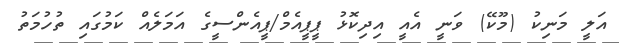
އަލީ މަނިކު (މޫކޭ) ވަނީ އެއީ އިދިކޮޅު ޕީޕީއެމް/ޕީއެންސީގެ އަމަލެއް ކަމުގައި ތުހުމަތު